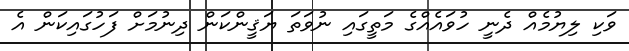
ވަކި ލިޔުމެއް ދެނީ ހުވައެއްގެ މަތީގައި ނުވަތަ ޔަޤީންކަން ދިނުމަށް ފަހުގައިކަން އެ